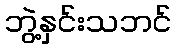
ဘွဲ့နှင်းသဘင်